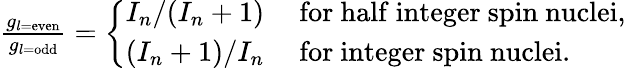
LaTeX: \begin{array}{r}{\frac{g_{l=\mathrm{even}}}{g_{l=\mathrm{odd}}}=\left\{ \begin{array}{ll}{I_{n}/(I_{n}+1)}&{\mathrm{~for~half~integer~spin~nuclei,}}\\ {(I_{n}+1)/I_{n}}&{\mathrm{~for~integer~spin~nuclei.}}\end{array}\right.}\end{array}